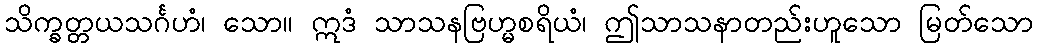
သိက္ခတ္တယသင်္ဂဟံ၊ သော။ ဣဒံ သာသနဗြဟ္မစရိယံ၊ ဤသာသနာတည်းဟူသော မြတ်သော